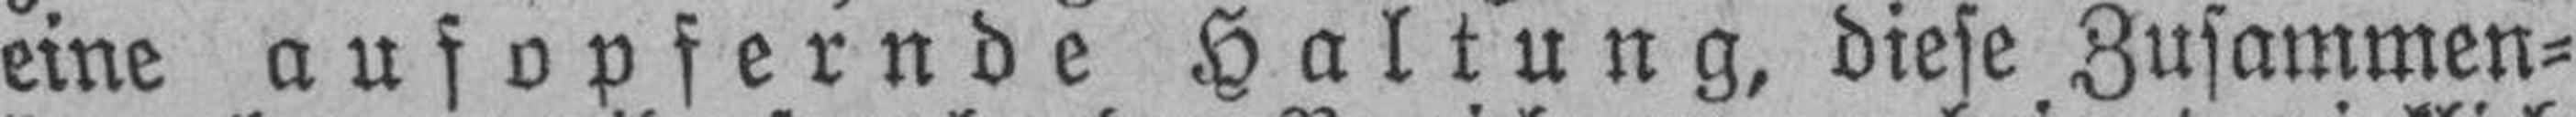
eine aufopfernde Haltung, diese Zusammen¬